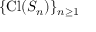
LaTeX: \{ \operatorname { C l } ( S _ { n } ) \} _ { n \geq 1 }